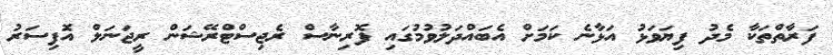
ފަރާތްތަކާ މެދު ފިޔަވަޅު އަޅާނެ ކަމަށް އެބައްދަލުވުމުގައި ފޮރިނާސް ރެޖިސްޓްރޭޝަން ރީޖަނަލް އޮފިސަރު